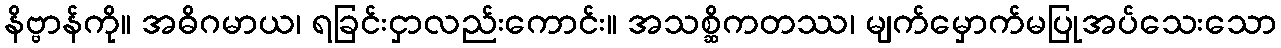
နိဗ္ဗာန်ကို။ အဓိဂမာယ၊ ရခြင်းငှာလည်းကောင်း။ အသစ္ဆိကတဿ၊ မျက်မှောက်မပြုအပ်သေးသော